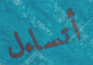
أتساءل